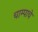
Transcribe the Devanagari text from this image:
चाम्पाचे